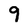
Character: 9